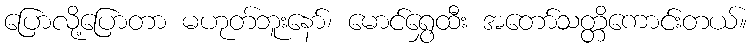
ပြောလို့ပြောတာ မဟုတ်ဘူးနော်၊ မောင်ရွှေထီး အတော်သတ္တိကောင်းတယ်။